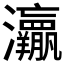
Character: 𱪜